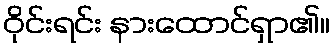
ဝိုင်းရင်း နားထောင်ရှာ၏။